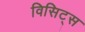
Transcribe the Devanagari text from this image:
विसिट्स